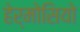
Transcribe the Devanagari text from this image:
हेर्मोसियो